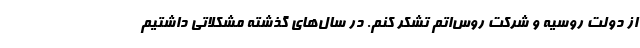
از دولت روسیه و شرکت روس‌اتم تشکر کنم. در سال‌های گذشته مشکلاتی داشتیم